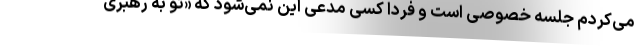
می‌کردم جلسه خصوصی است و فردا کسی مدعی این نمی‌شود که «تو به رهبری